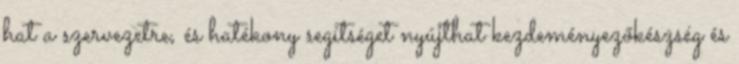
hat a szervezetre, és hatékony segítséget nyújthat kezdeményezőkészség és